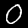
Digit: 0